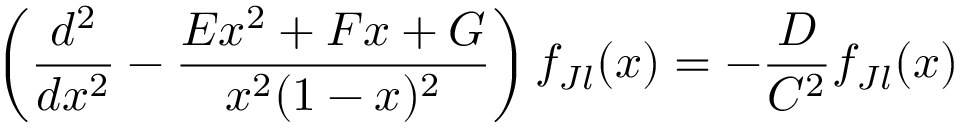
\left( { \frac { d ^ { 2 } } { d x ^ { 2 } } } - { \frac { E x ^ { 2 } + F x + G } { x ^ { 2 } ( 1 - x ) ^ { 2 } } } \right) f _ { J l } ( x ) = - { \frac { D } { C ^ { 2 } } } f _ { J l } ( x )